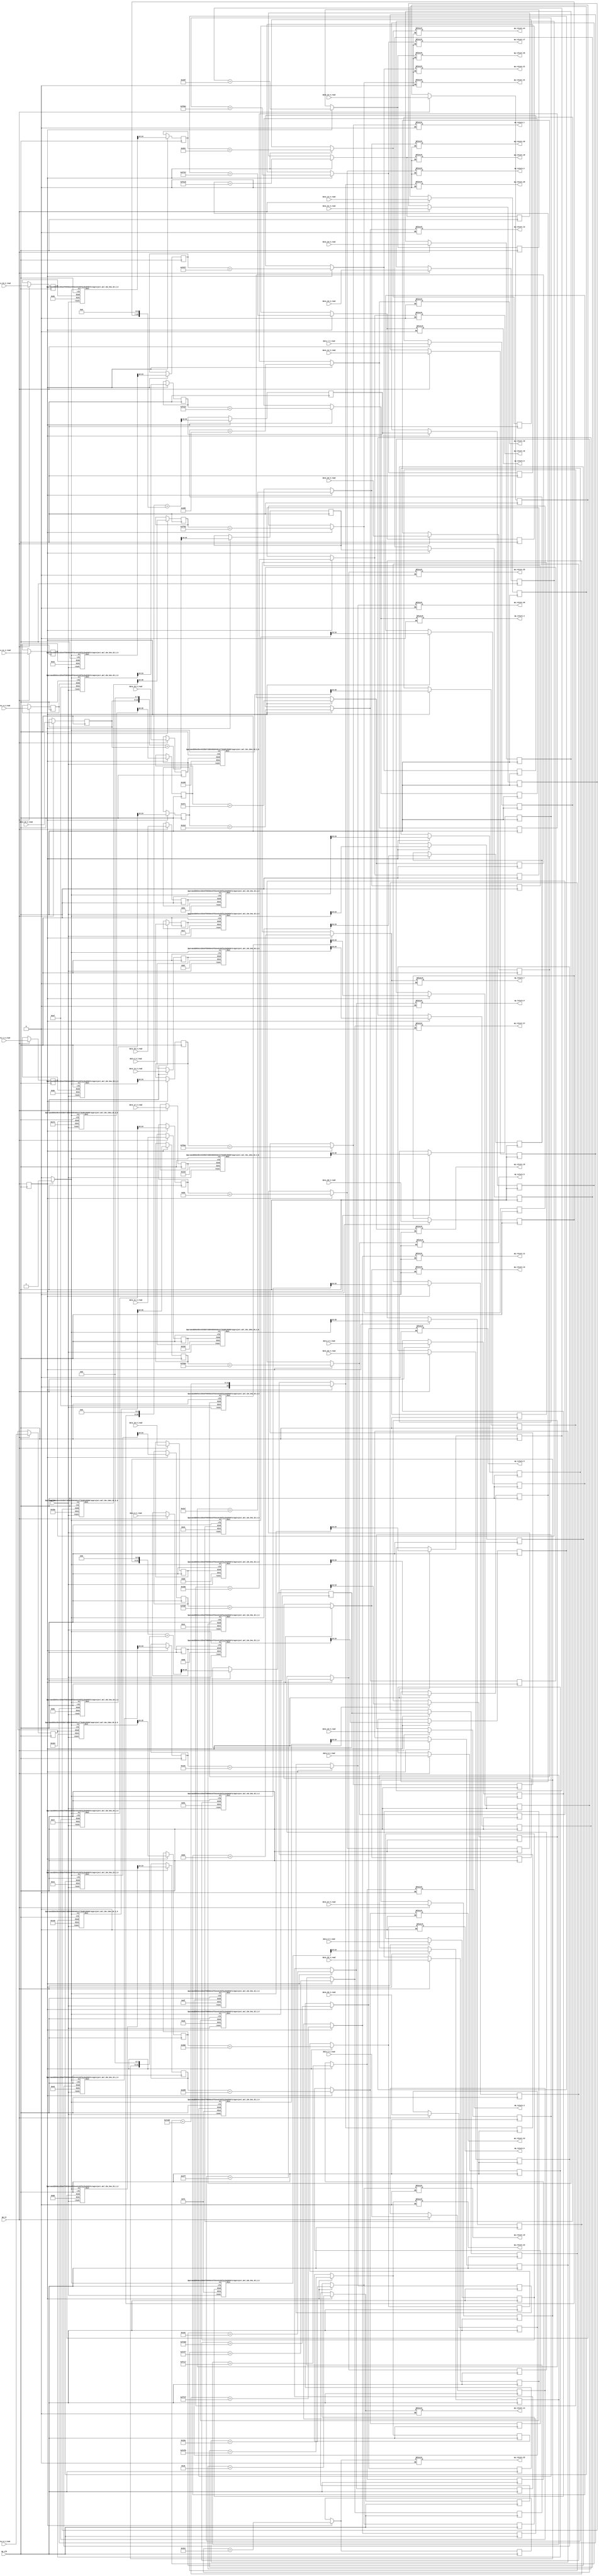

module normalize_0_0_0_0_0_0_0_0_0_0_0_0_0_0_0_0_0_0_0_0_0_0_0_0_0_s (
        ap_clk,
        ap_rst,
        data_0_V_read,
        data_1_V_read,
        data_2_V_read,
        data_3_V_read,
        data_4_V_read,
        data_5_V_read,
        data_6_V_read,
        data_7_V_read,
        data_8_V_read,
        data_9_V_read,
        data_10_V_read,
        data_11_V_read,
        data_12_V_read,
        data_13_V_read,
        data_14_V_read,
        data_15_V_read,
        data_16_V_read,
        data_17_V_read,
        data_18_V_read,
        data_19_V_read,
        data_20_V_read,
        data_21_V_read,
        data_22_V_read,
        data_23_V_read,
        data_24_V_read,
        data_25_V_read,
        data_26_V_read,
        data_27_V_read,
        data_28_V_read,
        data_29_V_read,
        data_30_V_read,
        data_31_V_read,
        ap_return_0,
        ap_return_1,
        ap_return_2,
        ap_return_3,
        ap_return_4,
        ap_return_5,
        ap_return_6,
        ap_return_7,
        ap_return_8,
        ap_return_9,
        ap_return_10,
        ap_return_11,
        ap_return_12,
        ap_return_13,
        ap_return_14,
        ap_return_15,
        ap_return_16,
        ap_return_17,
        ap_return_18,
        ap_return_19,
        ap_return_20,
        ap_return_21,
        ap_return_22,
        ap_return_23,
        ap_return_24,
        ap_return_25,
        ap_return_26,
        ap_return_27,
        ap_return_28,
        ap_return_29,
        ap_return_30,
        ap_return_31,
        ap_ce
);


input   ap_clk;
input   ap_rst;
input  [15:0] data_0_V_read;
input  [15:0] data_1_V_read;
input  [15:0] data_2_V_read;
input  [15:0] data_3_V_read;
input  [15:0] data_4_V_read;
input  [15:0] data_5_V_read;
input  [15:0] data_6_V_read;
input  [15:0] data_7_V_read;
input  [15:0] data_8_V_read;
input  [15:0] data_9_V_read;
input  [15:0] data_10_V_read;
input  [15:0] data_11_V_read;
input  [15:0] data_12_V_read;
input  [15:0] data_13_V_read;
input  [15:0] data_14_V_read;
input  [15:0] data_15_V_read;
input  [15:0] data_16_V_read;
input  [15:0] data_17_V_read;
input  [15:0] data_18_V_read;
input  [15:0] data_19_V_read;
input  [15:0] data_20_V_read;
input  [15:0] data_21_V_read;
input  [15:0] data_22_V_read;
input  [15:0] data_23_V_read;
input  [15:0] data_24_V_read;
input  [15:0] data_25_V_read;
input  [15:0] data_26_V_read;
input  [15:0] data_27_V_read;
input  [15:0] data_28_V_read;
input  [15:0] data_29_V_read;
input  [15:0] data_30_V_read;
input  [15:0] data_31_V_read;
output  [15:0] ap_return_0;
output  [15:0] ap_return_1;
output  [15:0] ap_return_2;
output  [15:0] ap_return_3;
output  [15:0] ap_return_4;
output  [15:0] ap_return_5;
output  [15:0] ap_return_6;
output  [15:0] ap_return_7;
output  [15:0] ap_return_8;
output  [15:0] ap_return_9;
output  [15:0] ap_return_10;
output  [15:0] ap_return_11;
output  [15:0] ap_return_12;
output  [15:0] ap_return_13;
output  [15:0] ap_return_14;
output  [15:0] ap_return_15;
output  [15:0] ap_return_16;
output  [15:0] ap_return_17;
output  [15:0] ap_return_18;
output  [15:0] ap_return_19;
output  [15:0] ap_return_20;
output  [15:0] ap_return_21;
output  [15:0] ap_return_22;
output  [15:0] ap_return_23;
output  [15:0] ap_return_24;
output  [15:0] ap_return_25;
output  [15:0] ap_return_26;
output  [15:0] ap_return_27;
output  [15:0] ap_return_28;
output  [15:0] ap_return_29;
output  [15:0] ap_return_30;
output  [15:0] ap_return_31;
input   ap_ce;

reg[15:0] ap_return_0;
reg[15:0] ap_return_1;
reg[15:0] ap_return_2;
reg[15:0] ap_return_3;
reg[15:0] ap_return_4;
reg[15:0] ap_return_5;
reg[15:0] ap_return_6;
reg[15:0] ap_return_7;
reg[15:0] ap_return_8;
reg[15:0] ap_return_9;
reg[15:0] ap_return_10;
reg[15:0] ap_return_11;
reg[15:0] ap_return_12;
reg[15:0] ap_return_13;
reg[15:0] ap_return_14;
reg[15:0] ap_return_15;
reg[15:0] ap_return_16;
reg[15:0] ap_return_17;
reg[15:0] ap_return_18;
reg[15:0] ap_return_19;
reg[15:0] ap_return_20;
reg[15:0] ap_return_21;
reg[15:0] ap_return_22;
reg[15:0] ap_return_23;
reg[15:0] ap_return_24;
reg[15:0] ap_return_25;
reg[15:0] ap_return_26;
reg[15:0] ap_return_27;
reg[15:0] ap_return_28;
reg[15:0] ap_return_29;
reg[15:0] ap_return_30;
reg[15:0] ap_return_31;

wire    ap_block_state1_pp0_stage0_iter0;
wire    ap_block_state2_pp0_stage0_iter1;
wire    ap_block_state3_pp0_stage0_iter2;
wire    ap_block_pp0_stage0_11001;
reg   [14:0] trunc_ln708_22_reg_5489;
reg   [14:0] trunc_ln708_22_reg_5489_pp0_iter1_reg;
reg   [14:0] trunc_ln708_27_reg_5514;
reg   [14:0] trunc_ln708_27_reg_5514_pp0_iter1_reg;
reg   [13:0] tmp_386_reg_5519;
reg   [13:0] tmp_386_reg_5519_pp0_iter1_reg;
reg   [14:0] trunc_ln_reg_5539;
reg   [14:0] trunc_ln708_1_reg_5544;
reg   [14:0] trunc_ln708_2_reg_5549;
reg   [14:0] trunc_ln708_3_reg_5554;
reg   [14:0] trunc_ln708_4_reg_5559;
reg   [14:0] trunc_ln708_5_reg_5564;
reg   [15:0] trunc_ln708_6_reg_5569;
reg   [14:0] trunc_ln708_7_reg_5574;
reg   [14:0] trunc_ln708_8_reg_5579;
reg   [15:0] trunc_ln708_9_reg_5584;
reg   [14:0] trunc_ln708_10_reg_5589;
reg   [15:0] trunc_ln708_11_reg_5594;
reg   [14:0] trunc_ln708_12_reg_5599;
reg   [14:0] trunc_ln708_13_reg_5604;
reg   [14:0] trunc_ln708_14_reg_5609;
reg   [14:0] trunc_ln708_15_reg_5614;
reg   [15:0] trunc_ln708_16_reg_5619;
reg   [15:0] trunc_ln708_17_reg_5624;
reg   [14:0] trunc_ln708_18_reg_5629;
reg   [15:0] trunc_ln708_19_reg_5634;
reg   [14:0] trunc_ln708_20_reg_5639;
reg   [14:0] trunc_ln708_21_reg_5644;
reg   [14:0] trunc_ln708_23_reg_5649;
reg   [14:0] trunc_ln708_24_reg_5654;
reg   [14:0] trunc_ln708_25_reg_5659;
reg   [14:0] trunc_ln708_26_reg_5664;
reg   [14:0] trunc_ln708_29_reg_5669;
reg   [14:0] trunc_ln708_30_reg_5674;
reg   [15:0] trunc_ln708_31_reg_5679;
wire   [8:0] grp_fu_428_p1;
wire    ap_block_pp0_stage0;
wire   [8:0] grp_fu_430_p1;
wire   [8:0] grp_fu_431_p1;
wire   [8:0] grp_fu_432_p1;
wire   [8:0] grp_fu_433_p1;
wire   [8:0] grp_fu_435_p1;
wire   [8:0] grp_fu_436_p1;
wire   [9:0] grp_fu_437_p1;
wire   [9:0] grp_fu_438_p1;
wire   [9:0] grp_fu_439_p1;
wire   [9:0] grp_fu_440_p1;
wire   [8:0] grp_fu_441_p1;
wire   [8:0] grp_fu_442_p1;
wire   [8:0] grp_fu_443_p1;
wire   [8:0] grp_fu_444_p1;
wire   [9:0] grp_fu_445_p1;
wire   [8:0] grp_fu_446_p1;
wire   [8:0] grp_fu_447_p1;
wire   [8:0] grp_fu_448_p1;
wire   [8:0] grp_fu_449_p1;
wire   [8:0] grp_fu_451_p1;
wire   [8:0] grp_fu_452_p1;
wire   [9:0] grp_fu_453_p1;
wire   [8:0] grp_fu_454_p1;
wire   [9:0] grp_fu_455_p1;
wire   [8:0] grp_fu_456_p1;
wire   [8:0] grp_fu_457_p1;
wire   [8:0] grp_fu_458_p1;
wire   [8:0] grp_fu_459_p1;
wire   [15:0] sext_ln1118_22_fu_4486_p0;
wire   [15:0] shl_ln_fu_4490_p1;
wire   [23:0] shl_ln_fu_4490_p3;
wire   [24:0] sext_ln1118_23_fu_4498_p1;
wire   [24:0] sext_ln1118_22_fu_4486_p1;
wire   [24:0] add_ln1118_fu_4502_p2;
wire   [23:0] shl_ln1118_1_fu_4538_p3;
wire   [21:0] shl_ln1118_2_fu_4550_p3;
wire   [24:0] sext_ln1118_29_fu_4558_p1;
wire   [24:0] sext_ln1118_28_fu_4546_p1;
wire   [24:0] add_ln1118_1_fu_4562_p2;
wire   [22:0] shl_ln1118_3_fu_4578_p3;
wire   [20:0] shl_ln1118_4_fu_4590_p3;
wire   [23:0] sext_ln1118_31_fu_4598_p1;
wire   [23:0] sext_ln1118_30_fu_4586_p1;
wire   [23:0] add_ln1118_2_fu_4602_p2;
wire   [24:0] grp_fu_435_p2;
wire   [24:0] grp_fu_442_p2;
wire   [24:0] grp_fu_446_p2;
wire   [24:0] grp_fu_458_p2;
wire   [24:0] grp_fu_444_p2;
wire   [24:0] grp_fu_454_p2;
wire   [25:0] grp_fu_437_p2;
wire   [24:0] grp_fu_452_p2;
wire   [24:0] grp_fu_436_p2;
wire   [25:0] grp_fu_445_p2;
wire   [24:0] grp_fu_448_p2;
wire   [25:0] grp_fu_438_p2;
wire   [24:0] grp_fu_443_p2;
wire   [24:0] grp_fu_431_p2;
wire   [24:0] grp_fu_428_p2;
wire   [24:0] grp_fu_456_p2;
wire   [25:0] grp_fu_455_p2;
wire   [25:0] grp_fu_439_p2;
wire   [24:0] grp_fu_433_p2;
wire   [25:0] grp_fu_453_p2;
wire   [24:0] grp_fu_451_p2;
wire   [24:0] grp_fu_430_p2;
wire   [24:0] grp_fu_447_p2;
wire   [24:0] grp_fu_449_p2;
wire   [24:0] grp_fu_441_p2;
wire   [24:0] grp_fu_459_p2;
wire   [24:0] grp_fu_457_p2;
wire   [24:0] grp_fu_432_p2;
wire   [25:0] grp_fu_440_p2;
wire   [15:0] sext_ln708_fu_4923_p1;
wire   [15:0] sext_ln708_1_fu_4932_p1;
wire   [15:0] sext_ln708_2_fu_4941_p1;
wire   [15:0] sext_ln708_3_fu_4950_p1;
wire   [15:0] sext_ln708_4_fu_4959_p1;
wire   [15:0] sext_ln708_5_fu_4968_p1;
wire   [15:0] sext_ln708_6_fu_4982_p1;
wire   [15:0] sext_ln708_7_fu_4991_p1;
wire   [15:0] sext_ln708_8_fu_5005_p1;
wire   [15:0] sext_ln708_9_fu_5019_p1;
wire   [15:0] sext_ln708_10_fu_5028_p1;
wire   [15:0] sext_ln708_11_fu_5037_p1;
wire   [15:0] sext_ln708_12_fu_5046_p1;
wire   [15:0] sext_ln708_13_fu_5065_p1;
wire   [15:0] sext_ln708_14_fu_5079_p1;
wire   [15:0] sext_ln708_15_fu_5088_p1;
wire   [15:0] sext_ln708_16_fu_5097_p1;
wire   [15:0] sext_ln708_17_fu_5106_p1;
wire   [15:0] sext_ln708_18_fu_5115_p1;
wire   [15:0] sext_ln708_19_fu_5124_p1;
wire   [15:0] sext_ln708_20_fu_5133_p1;
wire   [15:0] sext_ln708_21_fu_5142_p1;
wire   [14:0] sext_ln703_fu_5151_p1;
wire   [14:0] add_ln703_126_fu_5154_p2;
wire   [15:0] sext_ln708_22_fu_5164_p1;
wire   [15:0] sext_ln708_23_fu_5173_p1;
wire   [15:0] add_ln703_fu_4926_p2;
wire   [15:0] add_ln703_99_fu_4935_p2;
wire   [15:0] add_ln703_100_fu_4944_p2;
wire   [15:0] add_ln703_101_fu_4953_p2;
wire   [15:0] add_ln703_102_fu_4962_p2;
wire   [15:0] add_ln703_103_fu_4971_p2;
wire   [15:0] add_ln703_104_fu_4977_p2;
wire   [15:0] add_ln703_105_fu_4985_p2;
wire   [15:0] add_ln703_106_fu_4994_p2;
wire   [15:0] add_ln703_107_fu_5000_p2;
wire   [15:0] add_ln703_108_fu_5008_p2;
wire   [15:0] add_ln703_109_fu_5014_p2;
wire   [15:0] add_ln703_110_fu_5022_p2;
wire   [15:0] add_ln703_111_fu_5031_p2;
wire   [15:0] add_ln703_112_fu_5040_p2;
wire   [15:0] add_ln703_113_fu_5049_p2;
wire   [15:0] add_ln703_114_fu_5055_p2;
wire   [15:0] add_ln703_115_fu_5060_p2;
wire   [15:0] add_ln703_116_fu_5068_p2;
wire   [15:0] add_ln703_117_fu_5074_p2;
wire   [15:0] add_ln703_118_fu_5082_p2;
wire   [15:0] add_ln703_119_fu_5091_p2;
wire   [15:0] add_ln703_120_fu_5100_p2;
wire   [15:0] add_ln703_121_fu_5109_p2;
wire   [15:0] add_ln703_122_fu_5118_p2;
wire   [15:0] add_ln703_123_fu_5127_p2;
wire   [15:0] add_ln703_124_fu_5136_p2;
wire   [15:0] add_ln703_125_fu_5145_p2;
wire   [15:0] sext_ln703_3_fu_5160_p1;
wire   [15:0] add_ln703_127_fu_5167_p2;
wire   [15:0] add_ln703_128_fu_5176_p2;
wire   [15:0] add_ln703_129_fu_5182_p2;
reg    grp_fu_428_ce;
reg    grp_fu_430_ce;
reg    grp_fu_431_ce;
reg    grp_fu_432_ce;
reg    grp_fu_433_ce;
reg    grp_fu_435_ce;
reg    grp_fu_436_ce;
reg    grp_fu_437_ce;
reg    grp_fu_438_ce;
reg    grp_fu_439_ce;
reg    grp_fu_440_ce;
reg    grp_fu_441_ce;
reg    grp_fu_442_ce;
reg    grp_fu_443_ce;
reg    grp_fu_444_ce;
reg    grp_fu_445_ce;
reg    grp_fu_446_ce;
reg    grp_fu_447_ce;
reg    grp_fu_448_ce;
reg    grp_fu_449_ce;
reg    grp_fu_451_ce;
reg    grp_fu_452_ce;
reg    grp_fu_453_ce;
reg    grp_fu_454_ce;
reg    grp_fu_455_ce;
reg    grp_fu_456_ce;
reg    grp_fu_457_ce;
reg    grp_fu_458_ce;
reg    grp_fu_459_ce;
reg    ap_ce_reg;
reg   [15:0] data_0_V_read_int_reg;
reg   [15:0] data_1_V_read_int_reg;
reg   [15:0] data_2_V_read_int_reg;
reg   [15:0] data_3_V_read_int_reg;
reg   [15:0] data_4_V_read_int_reg;
reg   [15:0] data_5_V_read_int_reg;
reg   [15:0] data_6_V_read_int_reg;
reg   [15:0] data_7_V_read_int_reg;
reg   [15:0] data_8_V_read_int_reg;
reg   [15:0] data_9_V_read_int_reg;
reg   [15:0] data_10_V_read_int_reg;
reg   [15:0] data_11_V_read_int_reg;
reg   [15:0] data_12_V_read_int_reg;
reg   [15:0] data_13_V_read_int_reg;
reg   [15:0] data_14_V_read_int_reg;
reg   [15:0] data_15_V_read_int_reg;
reg   [15:0] data_16_V_read_int_reg;
reg   [15:0] data_17_V_read_int_reg;
reg   [15:0] data_18_V_read_int_reg;
reg   [15:0] data_19_V_read_int_reg;
reg   [15:0] data_20_V_read_int_reg;
reg   [15:0] data_21_V_read_int_reg;
reg   [15:0] data_22_V_read_int_reg;
reg   [15:0] data_23_V_read_int_reg;
reg   [15:0] data_24_V_read_int_reg;
reg   [15:0] data_25_V_read_int_reg;
reg   [15:0] data_26_V_read_int_reg;
reg   [15:0] data_27_V_read_int_reg;
reg   [15:0] data_28_V_read_int_reg;
reg   [15:0] data_29_V_read_int_reg;
reg   [15:0] data_30_V_read_int_reg;
reg   [15:0] data_31_V_read_int_reg;
reg   [15:0] ap_return_0_int_reg;
reg   [15:0] ap_return_1_int_reg;
reg   [15:0] ap_return_2_int_reg;
reg   [15:0] ap_return_3_int_reg;
reg   [15:0] ap_return_4_int_reg;
reg   [15:0] ap_return_5_int_reg;
reg   [15:0] ap_return_6_int_reg;
reg   [15:0] ap_return_7_int_reg;
reg   [15:0] ap_return_8_int_reg;
reg   [15:0] ap_return_9_int_reg;
reg   [15:0] ap_return_10_int_reg;
reg   [15:0] ap_return_11_int_reg;
reg   [15:0] ap_return_12_int_reg;
reg   [15:0] ap_return_13_int_reg;
reg   [15:0] ap_return_14_int_reg;
reg   [15:0] ap_return_15_int_reg;
reg   [15:0] ap_return_16_int_reg;
reg   [15:0] ap_return_17_int_reg;
reg   [15:0] ap_return_18_int_reg;
reg   [15:0] ap_return_19_int_reg;
reg   [15:0] ap_return_20_int_reg;
reg   [15:0] ap_return_21_int_reg;
reg   [15:0] ap_return_22_int_reg;
reg   [15:0] ap_return_23_int_reg;
reg   [15:0] ap_return_24_int_reg;
reg   [15:0] ap_return_25_int_reg;
reg   [15:0] ap_return_26_int_reg;
reg   [15:0] ap_return_27_int_reg;
reg   [15:0] ap_return_28_int_reg;
reg   [15:0] ap_return_29_int_reg;
reg   [15:0] ap_return_30_int_reg;
reg   [15:0] ap_return_31_int_reg;

myproject_mul_16s_9ns_25_2_0 #(
    .ID( 1 ),
    .NUM_STAGE( 2 ),
    .din0_WIDTH( 16 ),
    .din1_WIDTH( 9 ),
    .dout_WIDTH( 25 ))
myproject_mul_16s_9ns_25_2_0_U258(
    .clk(ap_clk),
    .reset(ap_rst),
    .din0(data_14_V_read_int_reg),
    .din1(grp_fu_428_p1),
    .ce(grp_fu_428_ce),
    .dout(grp_fu_428_p2)
);

myproject_mul_16s_9ns_25_2_0 #(
    .ID( 1 ),
    .NUM_STAGE( 2 ),
    .din0_WIDTH( 16 ),
    .din1_WIDTH( 9 ),
    .dout_WIDTH( 25 ))
myproject_mul_16s_9ns_25_2_0_U259(
    .clk(ap_clk),
    .reset(ap_rst),
    .din0(data_21_V_read_int_reg),
    .din1(grp_fu_430_p1),
    .ce(grp_fu_430_ce),
    .dout(grp_fu_430_p2)
);

myproject_mul_16s_9ns_25_2_0 #(
    .ID( 1 ),
    .NUM_STAGE( 2 ),
    .din0_WIDTH( 16 ),
    .din1_WIDTH( 9 ),
    .dout_WIDTH( 25 ))
myproject_mul_16s_9ns_25_2_0_U260(
    .clk(ap_clk),
    .reset(ap_rst),
    .din0(data_13_V_read_int_reg),
    .din1(grp_fu_431_p1),
    .ce(grp_fu_431_ce),
    .dout(grp_fu_431_p2)
);

myproject_mul_16s_9ns_25_2_0 #(
    .ID( 1 ),
    .NUM_STAGE( 2 ),
    .din0_WIDTH( 16 ),
    .din1_WIDTH( 9 ),
    .dout_WIDTH( 25 ))
myproject_mul_16s_9ns_25_2_0_U261(
    .clk(ap_clk),
    .reset(ap_rst),
    .din0(data_30_V_read_int_reg),
    .din1(grp_fu_432_p1),
    .ce(grp_fu_432_ce),
    .dout(grp_fu_432_p2)
);

myproject_mul_16s_9ns_25_2_0 #(
    .ID( 1 ),
    .NUM_STAGE( 2 ),
    .din0_WIDTH( 16 ),
    .din1_WIDTH( 9 ),
    .dout_WIDTH( 25 ))
myproject_mul_16s_9ns_25_2_0_U262(
    .clk(ap_clk),
    .reset(ap_rst),
    .din0(data_18_V_read_int_reg),
    .din1(grp_fu_433_p1),
    .ce(grp_fu_433_ce),
    .dout(grp_fu_433_p2)
);

myproject_mul_16s_9ns_25_2_0 #(
    .ID( 1 ),
    .NUM_STAGE( 2 ),
    .din0_WIDTH( 16 ),
    .din1_WIDTH( 9 ),
    .dout_WIDTH( 25 ))
myproject_mul_16s_9ns_25_2_0_U263(
    .clk(ap_clk),
    .reset(ap_rst),
    .din0(data_0_V_read_int_reg),
    .din1(grp_fu_435_p1),
    .ce(grp_fu_435_ce),
    .dout(grp_fu_435_p2)
);

myproject_mul_16s_9ns_25_2_0 #(
    .ID( 1 ),
    .NUM_STAGE( 2 ),
    .din0_WIDTH( 16 ),
    .din1_WIDTH( 9 ),
    .dout_WIDTH( 25 ))
myproject_mul_16s_9ns_25_2_0_U264(
    .clk(ap_clk),
    .reset(ap_rst),
    .din0(data_8_V_read_int_reg),
    .din1(grp_fu_436_p1),
    .ce(grp_fu_436_ce),
    .dout(grp_fu_436_p2)
);

myproject_mul_16s_10ns_26_2_0 #(
    .ID( 1 ),
    .NUM_STAGE( 2 ),
    .din0_WIDTH( 16 ),
    .din1_WIDTH( 10 ),
    .dout_WIDTH( 26 ))
myproject_mul_16s_10ns_26_2_0_U265(
    .clk(ap_clk),
    .reset(ap_rst),
    .din0(data_6_V_read_int_reg),
    .din1(grp_fu_437_p1),
    .ce(grp_fu_437_ce),
    .dout(grp_fu_437_p2)
);

myproject_mul_16s_10ns_26_2_0 #(
    .ID( 1 ),
    .NUM_STAGE( 2 ),
    .din0_WIDTH( 16 ),
    .din1_WIDTH( 10 ),
    .dout_WIDTH( 26 ))
myproject_mul_16s_10ns_26_2_0_U266(
    .clk(ap_clk),
    .reset(ap_rst),
    .din0(data_11_V_read_int_reg),
    .din1(grp_fu_438_p1),
    .ce(grp_fu_438_ce),
    .dout(grp_fu_438_p2)
);

myproject_mul_16s_10ns_26_2_0 #(
    .ID( 1 ),
    .NUM_STAGE( 2 ),
    .din0_WIDTH( 16 ),
    .din1_WIDTH( 10 ),
    .dout_WIDTH( 26 ))
myproject_mul_16s_10ns_26_2_0_U267(
    .clk(ap_clk),
    .reset(ap_rst),
    .din0(data_17_V_read_int_reg),
    .din1(grp_fu_439_p1),
    .ce(grp_fu_439_ce),
    .dout(grp_fu_439_p2)
);

myproject_mul_16s_10ns_26_2_0 #(
    .ID( 1 ),
    .NUM_STAGE( 2 ),
    .din0_WIDTH( 16 ),
    .din1_WIDTH( 10 ),
    .dout_WIDTH( 26 ))
myproject_mul_16s_10ns_26_2_0_U268(
    .clk(ap_clk),
    .reset(ap_rst),
    .din0(data_31_V_read_int_reg),
    .din1(grp_fu_440_p1),
    .ce(grp_fu_440_ce),
    .dout(grp_fu_440_p2)
);

myproject_mul_16s_9ns_25_2_0 #(
    .ID( 1 ),
    .NUM_STAGE( 2 ),
    .din0_WIDTH( 16 ),
    .din1_WIDTH( 9 ),
    .dout_WIDTH( 25 ))
myproject_mul_16s_9ns_25_2_0_U269(
    .clk(ap_clk),
    .reset(ap_rst),
    .din0(data_25_V_read_int_reg),
    .din1(grp_fu_441_p1),
    .ce(grp_fu_441_ce),
    .dout(grp_fu_441_p2)
);

myproject_mul_16s_9ns_25_2_0 #(
    .ID( 1 ),
    .NUM_STAGE( 2 ),
    .din0_WIDTH( 16 ),
    .din1_WIDTH( 9 ),
    .dout_WIDTH( 25 ))
myproject_mul_16s_9ns_25_2_0_U270(
    .clk(ap_clk),
    .reset(ap_rst),
    .din0(data_1_V_read_int_reg),
    .din1(grp_fu_442_p1),
    .ce(grp_fu_442_ce),
    .dout(grp_fu_442_p2)
);

myproject_mul_16s_9ns_25_2_0 #(
    .ID( 1 ),
    .NUM_STAGE( 2 ),
    .din0_WIDTH( 16 ),
    .din1_WIDTH( 9 ),
    .dout_WIDTH( 25 ))
myproject_mul_16s_9ns_25_2_0_U271(
    .clk(ap_clk),
    .reset(ap_rst),
    .din0(data_12_V_read_int_reg),
    .din1(grp_fu_443_p1),
    .ce(grp_fu_443_ce),
    .dout(grp_fu_443_p2)
);

myproject_mul_16s_9ns_25_2_0 #(
    .ID( 1 ),
    .NUM_STAGE( 2 ),
    .din0_WIDTH( 16 ),
    .din1_WIDTH( 9 ),
    .dout_WIDTH( 25 ))
myproject_mul_16s_9ns_25_2_0_U272(
    .clk(ap_clk),
    .reset(ap_rst),
    .din0(data_4_V_read_int_reg),
    .din1(grp_fu_444_p1),
    .ce(grp_fu_444_ce),
    .dout(grp_fu_444_p2)
);

myproject_mul_16s_10ns_26_2_0 #(
    .ID( 1 ),
    .NUM_STAGE( 2 ),
    .din0_WIDTH( 16 ),
    .din1_WIDTH( 10 ),
    .dout_WIDTH( 26 ))
myproject_mul_16s_10ns_26_2_0_U273(
    .clk(ap_clk),
    .reset(ap_rst),
    .din0(data_9_V_read_int_reg),
    .din1(grp_fu_445_p1),
    .ce(grp_fu_445_ce),
    .dout(grp_fu_445_p2)
);

myproject_mul_16s_9ns_25_2_0 #(
    .ID( 1 ),
    .NUM_STAGE( 2 ),
    .din0_WIDTH( 16 ),
    .din1_WIDTH( 9 ),
    .dout_WIDTH( 25 ))
myproject_mul_16s_9ns_25_2_0_U274(
    .clk(ap_clk),
    .reset(ap_rst),
    .din0(data_2_V_read_int_reg),
    .din1(grp_fu_446_p1),
    .ce(grp_fu_446_ce),
    .dout(grp_fu_446_p2)
);

myproject_mul_16s_9ns_25_2_0 #(
    .ID( 1 ),
    .NUM_STAGE( 2 ),
    .din0_WIDTH( 16 ),
    .din1_WIDTH( 9 ),
    .dout_WIDTH( 25 ))
myproject_mul_16s_9ns_25_2_0_U275(
    .clk(ap_clk),
    .reset(ap_rst),
    .din0(data_23_V_read_int_reg),
    .din1(grp_fu_447_p1),
    .ce(grp_fu_447_ce),
    .dout(grp_fu_447_p2)
);

myproject_mul_16s_9ns_25_2_0 #(
    .ID( 1 ),
    .NUM_STAGE( 2 ),
    .din0_WIDTH( 16 ),
    .din1_WIDTH( 9 ),
    .dout_WIDTH( 25 ))
myproject_mul_16s_9ns_25_2_0_U276(
    .clk(ap_clk),
    .reset(ap_rst),
    .din0(data_10_V_read_int_reg),
    .din1(grp_fu_448_p1),
    .ce(grp_fu_448_ce),
    .dout(grp_fu_448_p2)
);

myproject_mul_16s_9ns_25_2_0 #(
    .ID( 1 ),
    .NUM_STAGE( 2 ),
    .din0_WIDTH( 16 ),
    .din1_WIDTH( 9 ),
    .dout_WIDTH( 25 ))
myproject_mul_16s_9ns_25_2_0_U277(
    .clk(ap_clk),
    .reset(ap_rst),
    .din0(data_24_V_read_int_reg),
    .din1(grp_fu_449_p1),
    .ce(grp_fu_449_ce),
    .dout(grp_fu_449_p2)
);

myproject_mul_16s_9ns_25_2_0 #(
    .ID( 1 ),
    .NUM_STAGE( 2 ),
    .din0_WIDTH( 16 ),
    .din1_WIDTH( 9 ),
    .dout_WIDTH( 25 ))
myproject_mul_16s_9ns_25_2_0_U278(
    .clk(ap_clk),
    .reset(ap_rst),
    .din0(data_20_V_read_int_reg),
    .din1(grp_fu_451_p1),
    .ce(grp_fu_451_ce),
    .dout(grp_fu_451_p2)
);

myproject_mul_16s_9ns_25_2_0 #(
    .ID( 1 ),
    .NUM_STAGE( 2 ),
    .din0_WIDTH( 16 ),
    .din1_WIDTH( 9 ),
    .dout_WIDTH( 25 ))
myproject_mul_16s_9ns_25_2_0_U279(
    .clk(ap_clk),
    .reset(ap_rst),
    .din0(data_7_V_read_int_reg),
    .din1(grp_fu_452_p1),
    .ce(grp_fu_452_ce),
    .dout(grp_fu_452_p2)
);

myproject_mul_16s_10ns_26_2_0 #(
    .ID( 1 ),
    .NUM_STAGE( 2 ),
    .din0_WIDTH( 16 ),
    .din1_WIDTH( 10 ),
    .dout_WIDTH( 26 ))
myproject_mul_16s_10ns_26_2_0_U280(
    .clk(ap_clk),
    .reset(ap_rst),
    .din0(data_19_V_read_int_reg),
    .din1(grp_fu_453_p1),
    .ce(grp_fu_453_ce),
    .dout(grp_fu_453_p2)
);

myproject_mul_16s_9ns_25_2_0 #(
    .ID( 1 ),
    .NUM_STAGE( 2 ),
    .din0_WIDTH( 16 ),
    .din1_WIDTH( 9 ),
    .dout_WIDTH( 25 ))
myproject_mul_16s_9ns_25_2_0_U281(
    .clk(ap_clk),
    .reset(ap_rst),
    .din0(data_5_V_read_int_reg),
    .din1(grp_fu_454_p1),
    .ce(grp_fu_454_ce),
    .dout(grp_fu_454_p2)
);

myproject_mul_16s_10ns_26_2_0 #(
    .ID( 1 ),
    .NUM_STAGE( 2 ),
    .din0_WIDTH( 16 ),
    .din1_WIDTH( 10 ),
    .dout_WIDTH( 26 ))
myproject_mul_16s_10ns_26_2_0_U282(
    .clk(ap_clk),
    .reset(ap_rst),
    .din0(data_16_V_read_int_reg),
    .din1(grp_fu_455_p1),
    .ce(grp_fu_455_ce),
    .dout(grp_fu_455_p2)
);

myproject_mul_16s_9ns_25_2_0 #(
    .ID( 1 ),
    .NUM_STAGE( 2 ),
    .din0_WIDTH( 16 ),
    .din1_WIDTH( 9 ),
    .dout_WIDTH( 25 ))
myproject_mul_16s_9ns_25_2_0_U283(
    .clk(ap_clk),
    .reset(ap_rst),
    .din0(data_15_V_read_int_reg),
    .din1(grp_fu_456_p1),
    .ce(grp_fu_456_ce),
    .dout(grp_fu_456_p2)
);

myproject_mul_16s_9ns_25_2_0 #(
    .ID( 1 ),
    .NUM_STAGE( 2 ),
    .din0_WIDTH( 16 ),
    .din1_WIDTH( 9 ),
    .dout_WIDTH( 25 ))
myproject_mul_16s_9ns_25_2_0_U284(
    .clk(ap_clk),
    .reset(ap_rst),
    .din0(data_29_V_read_int_reg),
    .din1(grp_fu_457_p1),
    .ce(grp_fu_457_ce),
    .dout(grp_fu_457_p2)
);

myproject_mul_16s_9ns_25_2_0 #(
    .ID( 1 ),
    .NUM_STAGE( 2 ),
    .din0_WIDTH( 16 ),
    .din1_WIDTH( 9 ),
    .dout_WIDTH( 25 ))
myproject_mul_16s_9ns_25_2_0_U285(
    .clk(ap_clk),
    .reset(ap_rst),
    .din0(data_3_V_read_int_reg),
    .din1(grp_fu_458_p1),
    .ce(grp_fu_458_ce),
    .dout(grp_fu_458_p2)
);

myproject_mul_16s_9ns_25_2_0 #(
    .ID( 1 ),
    .NUM_STAGE( 2 ),
    .din0_WIDTH( 16 ),
    .din1_WIDTH( 9 ),
    .dout_WIDTH( 25 ))
myproject_mul_16s_9ns_25_2_0_U286(
    .clk(ap_clk),
    .reset(ap_rst),
    .din0(data_26_V_read_int_reg),
    .din1(grp_fu_459_p1),
    .ce(grp_fu_459_ce),
    .dout(grp_fu_459_p2)
);

always @ (posedge ap_clk) begin
    ap_ce_reg <= ap_ce;
end

always @ (posedge ap_clk) begin
    if ((1'b1 == ap_ce_reg)) begin
        ap_return_0_int_reg <= add_ln703_fu_4926_p2;
        ap_return_10_int_reg <= add_ln703_108_fu_5008_p2;
        ap_return_11_int_reg <= add_ln703_109_fu_5014_p2;
        ap_return_12_int_reg <= add_ln703_110_fu_5022_p2;
        ap_return_13_int_reg <= add_ln703_111_fu_5031_p2;
        ap_return_14_int_reg <= add_ln703_112_fu_5040_p2;
        ap_return_15_int_reg <= add_ln703_113_fu_5049_p2;
        ap_return_16_int_reg <= add_ln703_114_fu_5055_p2;
        ap_return_17_int_reg <= add_ln703_115_fu_5060_p2;
        ap_return_18_int_reg <= add_ln703_116_fu_5068_p2;
        ap_return_19_int_reg <= add_ln703_117_fu_5074_p2;
        ap_return_1_int_reg <= add_ln703_99_fu_4935_p2;
        ap_return_20_int_reg <= add_ln703_118_fu_5082_p2;
        ap_return_21_int_reg <= add_ln703_119_fu_5091_p2;
        ap_return_22_int_reg <= add_ln703_120_fu_5100_p2;
        ap_return_23_int_reg <= add_ln703_121_fu_5109_p2;
        ap_return_24_int_reg <= add_ln703_122_fu_5118_p2;
        ap_return_25_int_reg <= add_ln703_123_fu_5127_p2;
        ap_return_26_int_reg <= add_ln703_124_fu_5136_p2;
        ap_return_27_int_reg <= add_ln703_125_fu_5145_p2;
        ap_return_28_int_reg <= sext_ln703_3_fu_5160_p1;
        ap_return_29_int_reg <= add_ln703_127_fu_5167_p2;
        ap_return_2_int_reg <= add_ln703_100_fu_4944_p2;
        ap_return_30_int_reg <= add_ln703_128_fu_5176_p2;
        ap_return_31_int_reg <= add_ln703_129_fu_5182_p2;
        ap_return_3_int_reg <= add_ln703_101_fu_4953_p2;
        ap_return_4_int_reg <= add_ln703_102_fu_4962_p2;
        ap_return_5_int_reg <= add_ln703_103_fu_4971_p2;
        ap_return_6_int_reg <= add_ln703_104_fu_4977_p2;
        ap_return_7_int_reg <= add_ln703_105_fu_4985_p2;
        ap_return_8_int_reg <= add_ln703_106_fu_4994_p2;
        ap_return_9_int_reg <= add_ln703_107_fu_5000_p2;
    end
end

always @ (posedge ap_clk) begin
    if ((1'b1 == ap_ce)) begin
        data_0_V_read_int_reg <= data_0_V_read;
        data_10_V_read_int_reg <= data_10_V_read;
        data_11_V_read_int_reg <= data_11_V_read;
        data_12_V_read_int_reg <= data_12_V_read;
        data_13_V_read_int_reg <= data_13_V_read;
        data_14_V_read_int_reg <= data_14_V_read;
        data_15_V_read_int_reg <= data_15_V_read;
        data_16_V_read_int_reg <= data_16_V_read;
        data_17_V_read_int_reg <= data_17_V_read;
        data_18_V_read_int_reg <= data_18_V_read;
        data_19_V_read_int_reg <= data_19_V_read;
        data_1_V_read_int_reg <= data_1_V_read;
        data_20_V_read_int_reg <= data_20_V_read;
        data_21_V_read_int_reg <= data_21_V_read;
        data_22_V_read_int_reg <= data_22_V_read;
        data_23_V_read_int_reg <= data_23_V_read;
        data_24_V_read_int_reg <= data_24_V_read;
        data_25_V_read_int_reg <= data_25_V_read;
        data_26_V_read_int_reg <= data_26_V_read;
        data_27_V_read_int_reg <= data_27_V_read;
        data_28_V_read_int_reg <= data_28_V_read;
        data_29_V_read_int_reg <= data_29_V_read;
        data_2_V_read_int_reg <= data_2_V_read;
        data_30_V_read_int_reg <= data_30_V_read;
        data_31_V_read_int_reg <= data_31_V_read;
        data_3_V_read_int_reg <= data_3_V_read;
        data_4_V_read_int_reg <= data_4_V_read;
        data_5_V_read_int_reg <= data_5_V_read;
        data_6_V_read_int_reg <= data_6_V_read;
        data_7_V_read_int_reg <= data_7_V_read;
        data_8_V_read_int_reg <= data_8_V_read;
        data_9_V_read_int_reg <= data_9_V_read;
    end
end

always @ (posedge ap_clk) begin
    if (((1'b0 == ap_block_pp0_stage0_11001) & (1'b1 == ap_ce_reg))) begin
        tmp_386_reg_5519 <= {{add_ln1118_2_fu_4602_p2[23:10]}};
        tmp_386_reg_5519_pp0_iter1_reg <= tmp_386_reg_5519;
        trunc_ln708_10_reg_5589 <= {{grp_fu_448_p2[24:10]}};
        trunc_ln708_11_reg_5594 <= {{grp_fu_438_p2[25:10]}};
        trunc_ln708_12_reg_5599 <= {{grp_fu_443_p2[24:10]}};
        trunc_ln708_13_reg_5604 <= {{grp_fu_431_p2[24:10]}};
        trunc_ln708_14_reg_5609 <= {{grp_fu_428_p2[24:10]}};
        trunc_ln708_15_reg_5614 <= {{grp_fu_456_p2[24:10]}};
        trunc_ln708_16_reg_5619 <= {{grp_fu_455_p2[25:10]}};
        trunc_ln708_17_reg_5624 <= {{grp_fu_439_p2[25:10]}};
        trunc_ln708_18_reg_5629 <= {{grp_fu_433_p2[24:10]}};
        trunc_ln708_19_reg_5634 <= {{grp_fu_453_p2[25:10]}};
        trunc_ln708_1_reg_5544 <= {{grp_fu_442_p2[24:10]}};
        trunc_ln708_20_reg_5639 <= {{grp_fu_451_p2[24:10]}};
        trunc_ln708_21_reg_5644 <= {{grp_fu_430_p2[24:10]}};
        trunc_ln708_22_reg_5489 <= {{add_ln1118_fu_4502_p2[24:10]}};
        trunc_ln708_22_reg_5489_pp0_iter1_reg <= trunc_ln708_22_reg_5489;
        trunc_ln708_23_reg_5649 <= {{grp_fu_447_p2[24:10]}};
        trunc_ln708_24_reg_5654 <= {{grp_fu_449_p2[24:10]}};
        trunc_ln708_25_reg_5659 <= {{grp_fu_441_p2[24:10]}};
        trunc_ln708_26_reg_5664 <= {{grp_fu_459_p2[24:10]}};
        trunc_ln708_27_reg_5514 <= {{add_ln1118_1_fu_4562_p2[24:10]}};
        trunc_ln708_27_reg_5514_pp0_iter1_reg <= trunc_ln708_27_reg_5514;
        trunc_ln708_29_reg_5669 <= {{grp_fu_457_p2[24:10]}};
        trunc_ln708_2_reg_5549 <= {{grp_fu_446_p2[24:10]}};
        trunc_ln708_30_reg_5674 <= {{grp_fu_432_p2[24:10]}};
        trunc_ln708_31_reg_5679 <= {{grp_fu_440_p2[25:10]}};
        trunc_ln708_3_reg_5554 <= {{grp_fu_458_p2[24:10]}};
        trunc_ln708_4_reg_5559 <= {{grp_fu_444_p2[24:10]}};
        trunc_ln708_5_reg_5564 <= {{grp_fu_454_p2[24:10]}};
        trunc_ln708_6_reg_5569 <= {{grp_fu_437_p2[25:10]}};
        trunc_ln708_7_reg_5574 <= {{grp_fu_452_p2[24:10]}};
        trunc_ln708_8_reg_5579 <= {{grp_fu_436_p2[24:10]}};
        trunc_ln708_9_reg_5584 <= {{grp_fu_445_p2[25:10]}};
        trunc_ln_reg_5539 <= {{grp_fu_435_p2[24:10]}};
    end
end

always @ (*) begin
    if ((1'b0 == ap_ce_reg)) begin
        ap_return_0 = ap_return_0_int_reg;
    end else if ((1'b1 == ap_ce_reg)) begin
        ap_return_0 = add_ln703_fu_4926_p2;
    end
end

always @ (*) begin
    if ((1'b0 == ap_ce_reg)) begin
        ap_return_1 = ap_return_1_int_reg;
    end else if ((1'b1 == ap_ce_reg)) begin
        ap_return_1 = add_ln703_99_fu_4935_p2;
    end
end

always @ (*) begin
    if ((1'b0 == ap_ce_reg)) begin
        ap_return_10 = ap_return_10_int_reg;
    end else if ((1'b1 == ap_ce_reg)) begin
        ap_return_10 = add_ln703_108_fu_5008_p2;
    end
end

always @ (*) begin
    if ((1'b0 == ap_ce_reg)) begin
        ap_return_11 = ap_return_11_int_reg;
    end else if ((1'b1 == ap_ce_reg)) begin
        ap_return_11 = add_ln703_109_fu_5014_p2;
    end
end

always @ (*) begin
    if ((1'b0 == ap_ce_reg)) begin
        ap_return_12 = ap_return_12_int_reg;
    end else if ((1'b1 == ap_ce_reg)) begin
        ap_return_12 = add_ln703_110_fu_5022_p2;
    end
end

always @ (*) begin
    if ((1'b0 == ap_ce_reg)) begin
        ap_return_13 = ap_return_13_int_reg;
    end else if ((1'b1 == ap_ce_reg)) begin
        ap_return_13 = add_ln703_111_fu_5031_p2;
    end
end

always @ (*) begin
    if ((1'b0 == ap_ce_reg)) begin
        ap_return_14 = ap_return_14_int_reg;
    end else if ((1'b1 == ap_ce_reg)) begin
        ap_return_14 = add_ln703_112_fu_5040_p2;
    end
end

always @ (*) begin
    if ((1'b0 == ap_ce_reg)) begin
        ap_return_15 = ap_return_15_int_reg;
    end else if ((1'b1 == ap_ce_reg)) begin
        ap_return_15 = add_ln703_113_fu_5049_p2;
    end
end

always @ (*) begin
    if ((1'b0 == ap_ce_reg)) begin
        ap_return_16 = ap_return_16_int_reg;
    end else if ((1'b1 == ap_ce_reg)) begin
        ap_return_16 = add_ln703_114_fu_5055_p2;
    end
end

always @ (*) begin
    if ((1'b0 == ap_ce_reg)) begin
        ap_return_17 = ap_return_17_int_reg;
    end else if ((1'b1 == ap_ce_reg)) begin
        ap_return_17 = add_ln703_115_fu_5060_p2;
    end
end

always @ (*) begin
    if ((1'b0 == ap_ce_reg)) begin
        ap_return_18 = ap_return_18_int_reg;
    end else if ((1'b1 == ap_ce_reg)) begin
        ap_return_18 = add_ln703_116_fu_5068_p2;
    end
end

always @ (*) begin
    if ((1'b0 == ap_ce_reg)) begin
        ap_return_19 = ap_return_19_int_reg;
    end else if ((1'b1 == ap_ce_reg)) begin
        ap_return_19 = add_ln703_117_fu_5074_p2;
    end
end

always @ (*) begin
    if ((1'b0 == ap_ce_reg)) begin
        ap_return_2 = ap_return_2_int_reg;
    end else if ((1'b1 == ap_ce_reg)) begin
        ap_return_2 = add_ln703_100_fu_4944_p2;
    end
end

always @ (*) begin
    if ((1'b0 == ap_ce_reg)) begin
        ap_return_20 = ap_return_20_int_reg;
    end else if ((1'b1 == ap_ce_reg)) begin
        ap_return_20 = add_ln703_118_fu_5082_p2;
    end
end

always @ (*) begin
    if ((1'b0 == ap_ce_reg)) begin
        ap_return_21 = ap_return_21_int_reg;
    end else if ((1'b1 == ap_ce_reg)) begin
        ap_return_21 = add_ln703_119_fu_5091_p2;
    end
end

always @ (*) begin
    if ((1'b0 == ap_ce_reg)) begin
        ap_return_22 = ap_return_22_int_reg;
    end else if ((1'b1 == ap_ce_reg)) begin
        ap_return_22 = add_ln703_120_fu_5100_p2;
    end
end

always @ (*) begin
    if ((1'b0 == ap_ce_reg)) begin
        ap_return_23 = ap_return_23_int_reg;
    end else if ((1'b1 == ap_ce_reg)) begin
        ap_return_23 = add_ln703_121_fu_5109_p2;
    end
end

always @ (*) begin
    if ((1'b0 == ap_ce_reg)) begin
        ap_return_24 = ap_return_24_int_reg;
    end else if ((1'b1 == ap_ce_reg)) begin
        ap_return_24 = add_ln703_122_fu_5118_p2;
    end
end

always @ (*) begin
    if ((1'b0 == ap_ce_reg)) begin
        ap_return_25 = ap_return_25_int_reg;
    end else if ((1'b1 == ap_ce_reg)) begin
        ap_return_25 = add_ln703_123_fu_5127_p2;
    end
end

always @ (*) begin
    if ((1'b0 == ap_ce_reg)) begin
        ap_return_26 = ap_return_26_int_reg;
    end else if ((1'b1 == ap_ce_reg)) begin
        ap_return_26 = add_ln703_124_fu_5136_p2;
    end
end

always @ (*) begin
    if ((1'b0 == ap_ce_reg)) begin
        ap_return_27 = ap_return_27_int_reg;
    end else if ((1'b1 == ap_ce_reg)) begin
        ap_return_27 = add_ln703_125_fu_5145_p2;
    end
end

always @ (*) begin
    if ((1'b0 == ap_ce_reg)) begin
        ap_return_28 = ap_return_28_int_reg;
    end else if ((1'b1 == ap_ce_reg)) begin
        ap_return_28 = sext_ln703_3_fu_5160_p1;
    end
end

always @ (*) begin
    if ((1'b0 == ap_ce_reg)) begin
        ap_return_29 = ap_return_29_int_reg;
    end else if ((1'b1 == ap_ce_reg)) begin
        ap_return_29 = add_ln703_127_fu_5167_p2;
    end
end

always @ (*) begin
    if ((1'b0 == ap_ce_reg)) begin
        ap_return_3 = ap_return_3_int_reg;
    end else if ((1'b1 == ap_ce_reg)) begin
        ap_return_3 = add_ln703_101_fu_4953_p2;
    end
end

always @ (*) begin
    if ((1'b0 == ap_ce_reg)) begin
        ap_return_30 = ap_return_30_int_reg;
    end else if ((1'b1 == ap_ce_reg)) begin
        ap_return_30 = add_ln703_128_fu_5176_p2;
    end
end

always @ (*) begin
    if ((1'b0 == ap_ce_reg)) begin
        ap_return_31 = ap_return_31_int_reg;
    end else if ((1'b1 == ap_ce_reg)) begin
        ap_return_31 = add_ln703_129_fu_5182_p2;
    end
end

always @ (*) begin
    if ((1'b0 == ap_ce_reg)) begin
        ap_return_4 = ap_return_4_int_reg;
    end else if ((1'b1 == ap_ce_reg)) begin
        ap_return_4 = add_ln703_102_fu_4962_p2;
    end
end

always @ (*) begin
    if ((1'b0 == ap_ce_reg)) begin
        ap_return_5 = ap_return_5_int_reg;
    end else if ((1'b1 == ap_ce_reg)) begin
        ap_return_5 = add_ln703_103_fu_4971_p2;
    end
end

always @ (*) begin
    if ((1'b0 == ap_ce_reg)) begin
        ap_return_6 = ap_return_6_int_reg;
    end else if ((1'b1 == ap_ce_reg)) begin
        ap_return_6 = add_ln703_104_fu_4977_p2;
    end
end

always @ (*) begin
    if ((1'b0 == ap_ce_reg)) begin
        ap_return_7 = ap_return_7_int_reg;
    end else if ((1'b1 == ap_ce_reg)) begin
        ap_return_7 = add_ln703_105_fu_4985_p2;
    end
end

always @ (*) begin
    if ((1'b0 == ap_ce_reg)) begin
        ap_return_8 = ap_return_8_int_reg;
    end else if ((1'b1 == ap_ce_reg)) begin
        ap_return_8 = add_ln703_106_fu_4994_p2;
    end
end

always @ (*) begin
    if ((1'b0 == ap_ce_reg)) begin
        ap_return_9 = ap_return_9_int_reg;
    end else if ((1'b1 == ap_ce_reg)) begin
        ap_return_9 = add_ln703_107_fu_5000_p2;
    end
end

always @ (*) begin
    if (((1'b0 == ap_block_pp0_stage0_11001) & (1'b1 == ap_ce_reg))) begin
        grp_fu_428_ce = 1'b1;
    end else begin
        grp_fu_428_ce = 1'b0;
    end
end

always @ (*) begin
    if (((1'b0 == ap_block_pp0_stage0_11001) & (1'b1 == ap_ce_reg))) begin
        grp_fu_430_ce = 1'b1;
    end else begin
        grp_fu_430_ce = 1'b0;
    end
end

always @ (*) begin
    if (((1'b0 == ap_block_pp0_stage0_11001) & (1'b1 == ap_ce_reg))) begin
        grp_fu_431_ce = 1'b1;
    end else begin
        grp_fu_431_ce = 1'b0;
    end
end

always @ (*) begin
    if (((1'b0 == ap_block_pp0_stage0_11001) & (1'b1 == ap_ce_reg))) begin
        grp_fu_432_ce = 1'b1;
    end else begin
        grp_fu_432_ce = 1'b0;
    end
end

always @ (*) begin
    if (((1'b0 == ap_block_pp0_stage0_11001) & (1'b1 == ap_ce_reg))) begin
        grp_fu_433_ce = 1'b1;
    end else begin
        grp_fu_433_ce = 1'b0;
    end
end

always @ (*) begin
    if (((1'b0 == ap_block_pp0_stage0_11001) & (1'b1 == ap_ce_reg))) begin
        grp_fu_435_ce = 1'b1;
    end else begin
        grp_fu_435_ce = 1'b0;
    end
end

always @ (*) begin
    if (((1'b0 == ap_block_pp0_stage0_11001) & (1'b1 == ap_ce_reg))) begin
        grp_fu_436_ce = 1'b1;
    end else begin
        grp_fu_436_ce = 1'b0;
    end
end

always @ (*) begin
    if (((1'b0 == ap_block_pp0_stage0_11001) & (1'b1 == ap_ce_reg))) begin
        grp_fu_437_ce = 1'b1;
    end else begin
        grp_fu_437_ce = 1'b0;
    end
end

always @ (*) begin
    if (((1'b0 == ap_block_pp0_stage0_11001) & (1'b1 == ap_ce_reg))) begin
        grp_fu_438_ce = 1'b1;
    end else begin
        grp_fu_438_ce = 1'b0;
    end
end

always @ (*) begin
    if (((1'b0 == ap_block_pp0_stage0_11001) & (1'b1 == ap_ce_reg))) begin
        grp_fu_439_ce = 1'b1;
    end else begin
        grp_fu_439_ce = 1'b0;
    end
end

always @ (*) begin
    if (((1'b0 == ap_block_pp0_stage0_11001) & (1'b1 == ap_ce_reg))) begin
        grp_fu_440_ce = 1'b1;
    end else begin
        grp_fu_440_ce = 1'b0;
    end
end

always @ (*) begin
    if (((1'b0 == ap_block_pp0_stage0_11001) & (1'b1 == ap_ce_reg))) begin
        grp_fu_441_ce = 1'b1;
    end else begin
        grp_fu_441_ce = 1'b0;
    end
end

always @ (*) begin
    if (((1'b0 == ap_block_pp0_stage0_11001) & (1'b1 == ap_ce_reg))) begin
        grp_fu_442_ce = 1'b1;
    end else begin
        grp_fu_442_ce = 1'b0;
    end
end

always @ (*) begin
    if (((1'b0 == ap_block_pp0_stage0_11001) & (1'b1 == ap_ce_reg))) begin
        grp_fu_443_ce = 1'b1;
    end else begin
        grp_fu_443_ce = 1'b0;
    end
end

always @ (*) begin
    if (((1'b0 == ap_block_pp0_stage0_11001) & (1'b1 == ap_ce_reg))) begin
        grp_fu_444_ce = 1'b1;
    end else begin
        grp_fu_444_ce = 1'b0;
    end
end

always @ (*) begin
    if (((1'b0 == ap_block_pp0_stage0_11001) & (1'b1 == ap_ce_reg))) begin
        grp_fu_445_ce = 1'b1;
    end else begin
        grp_fu_445_ce = 1'b0;
    end
end

always @ (*) begin
    if (((1'b0 == ap_block_pp0_stage0_11001) & (1'b1 == ap_ce_reg))) begin
        grp_fu_446_ce = 1'b1;
    end else begin
        grp_fu_446_ce = 1'b0;
    end
end

always @ (*) begin
    if (((1'b0 == ap_block_pp0_stage0_11001) & (1'b1 == ap_ce_reg))) begin
        grp_fu_447_ce = 1'b1;
    end else begin
        grp_fu_447_ce = 1'b0;
    end
end

always @ (*) begin
    if (((1'b0 == ap_block_pp0_stage0_11001) & (1'b1 == ap_ce_reg))) begin
        grp_fu_448_ce = 1'b1;
    end else begin
        grp_fu_448_ce = 1'b0;
    end
end

always @ (*) begin
    if (((1'b0 == ap_block_pp0_stage0_11001) & (1'b1 == ap_ce_reg))) begin
        grp_fu_449_ce = 1'b1;
    end else begin
        grp_fu_449_ce = 1'b0;
    end
end

always @ (*) begin
    if (((1'b0 == ap_block_pp0_stage0_11001) & (1'b1 == ap_ce_reg))) begin
        grp_fu_451_ce = 1'b1;
    end else begin
        grp_fu_451_ce = 1'b0;
    end
end

always @ (*) begin
    if (((1'b0 == ap_block_pp0_stage0_11001) & (1'b1 == ap_ce_reg))) begin
        grp_fu_452_ce = 1'b1;
    end else begin
        grp_fu_452_ce = 1'b0;
    end
end

always @ (*) begin
    if (((1'b0 == ap_block_pp0_stage0_11001) & (1'b1 == ap_ce_reg))) begin
        grp_fu_453_ce = 1'b1;
    end else begin
        grp_fu_453_ce = 1'b0;
    end
end

always @ (*) begin
    if (((1'b0 == ap_block_pp0_stage0_11001) & (1'b1 == ap_ce_reg))) begin
        grp_fu_454_ce = 1'b1;
    end else begin
        grp_fu_454_ce = 1'b0;
    end
end

always @ (*) begin
    if (((1'b0 == ap_block_pp0_stage0_11001) & (1'b1 == ap_ce_reg))) begin
        grp_fu_455_ce = 1'b1;
    end else begin
        grp_fu_455_ce = 1'b0;
    end
end

always @ (*) begin
    if (((1'b0 == ap_block_pp0_stage0_11001) & (1'b1 == ap_ce_reg))) begin
        grp_fu_456_ce = 1'b1;
    end else begin
        grp_fu_456_ce = 1'b0;
    end
end

always @ (*) begin
    if (((1'b0 == ap_block_pp0_stage0_11001) & (1'b1 == ap_ce_reg))) begin
        grp_fu_457_ce = 1'b1;
    end else begin
        grp_fu_457_ce = 1'b0;
    end
end

always @ (*) begin
    if (((1'b0 == ap_block_pp0_stage0_11001) & (1'b1 == ap_ce_reg))) begin
        grp_fu_458_ce = 1'b1;
    end else begin
        grp_fu_458_ce = 1'b0;
    end
end

always @ (*) begin
    if (((1'b0 == ap_block_pp0_stage0_11001) & (1'b1 == ap_ce_reg))) begin
        grp_fu_459_ce = 1'b1;
    end else begin
        grp_fu_459_ce = 1'b0;
    end
end

assign add_ln1118_1_fu_4562_p2 = ((sext_ln1118_29_fu_4558_p1) + (sext_ln1118_28_fu_4546_p1));

assign add_ln1118_2_fu_4602_p2 = ((sext_ln1118_31_fu_4598_p1) + (sext_ln1118_30_fu_4586_p1));

assign add_ln1118_fu_4502_p2 = ((sext_ln1118_23_fu_4498_p1) + (sext_ln1118_22_fu_4486_p1));

assign add_ln703_100_fu_4944_p2 = ((sext_ln708_2_fu_4941_p1) + (16'd176));

assign add_ln703_101_fu_4953_p2 = ((sext_ln708_3_fu_4950_p1) + (16'd64535));

assign add_ln703_102_fu_4962_p2 = ((sext_ln708_4_fu_4959_p1) + (16'd65060));

assign add_ln703_103_fu_4971_p2 = ((sext_ln708_5_fu_4968_p1) + (16'd65037));

assign add_ln703_104_fu_4977_p2 = (trunc_ln708_6_reg_5569 + 16'd1387);

assign add_ln703_105_fu_4985_p2 = ((sext_ln708_6_fu_4982_p1) + (16'd179));

assign add_ln703_106_fu_4994_p2 = ((sext_ln708_7_fu_4991_p1) + (16'd65351));

assign add_ln703_107_fu_5000_p2 = ((trunc_ln708_9_reg_5584) + (16'd64930));

assign add_ln703_108_fu_5008_p2 = ((sext_ln708_8_fu_5005_p1) + (16'd725));

assign add_ln703_109_fu_5014_p2 = ((trunc_ln708_11_reg_5594) + (16'd65311));

assign add_ln703_110_fu_5022_p2 = ((sext_ln708_9_fu_5019_p1) + (16'd419));

assign add_ln703_111_fu_5031_p2 = ((sext_ln708_10_fu_5028_p1) + (16'd64983));

assign add_ln703_112_fu_5040_p2 = ((sext_ln708_11_fu_5037_p1) + (16'd25));

assign add_ln703_113_fu_5049_p2 = ((sext_ln708_12_fu_5046_p1) + (16'd346));

assign add_ln703_114_fu_5055_p2 = (trunc_ln708_16_reg_5619 + 16'd474);

assign add_ln703_115_fu_5060_p2 = ((trunc_ln708_17_reg_5624) + (16'd64364));

assign add_ln703_116_fu_5068_p2 = ((sext_ln708_13_fu_5065_p1) + (16'd65227));

assign add_ln703_117_fu_5074_p2 = (trunc_ln708_19_reg_5634 + 16'd881);

assign add_ln703_118_fu_5082_p2 = ((sext_ln708_14_fu_5079_p1) + (16'd511));

assign add_ln703_119_fu_5091_p2 = ((sext_ln708_15_fu_5088_p1) + (16'd64887));

assign add_ln703_120_fu_5100_p2 = ((sext_ln708_16_fu_5097_p1) + (16'd65275));

assign add_ln703_121_fu_5109_p2 = ((sext_ln708_17_fu_5106_p1) + (16'd664));

assign add_ln703_122_fu_5118_p2 = ((sext_ln708_18_fu_5115_p1) + (16'd513));

assign add_ln703_123_fu_5127_p2 = ((sext_ln708_19_fu_5124_p1) + (16'd833));

assign add_ln703_124_fu_5136_p2 = ((sext_ln708_20_fu_5133_p1) + (16'd332));

assign add_ln703_125_fu_5145_p2 = ((sext_ln708_21_fu_5142_p1) + (16'd65271));

assign add_ln703_126_fu_5154_p2 = ((sext_ln703_fu_5151_p1) + (15'd32312));

assign add_ln703_127_fu_5167_p2 = ((sext_ln708_22_fu_5164_p1) + (16'd423));

assign add_ln703_128_fu_5176_p2 = ((sext_ln708_23_fu_5173_p1) + (16'd399));

assign add_ln703_129_fu_5182_p2 = ((trunc_ln708_31_reg_5679) + (16'd65410));

assign add_ln703_99_fu_4935_p2 = ((sext_ln708_1_fu_4932_p1) + (16'd64428));

assign add_ln703_fu_4926_p2 = ((sext_ln708_fu_4923_p1) + (16'd316));

assign ap_block_pp0_stage0 = ~(1'b1 == 1'b1);

assign ap_block_pp0_stage0_11001 = ~(1'b1 == 1'b1);

assign ap_block_state1_pp0_stage0_iter0 = ~(1'b1 == 1'b1);

assign ap_block_state2_pp0_stage0_iter1 = ~(1'b1 == 1'b1);

assign ap_block_state3_pp0_stage0_iter2 = ~(1'b1 == 1'b1);

assign grp_fu_428_p1 = 25'd183;

assign grp_fu_430_p1 = 25'd161;

assign grp_fu_431_p1 = 25'd206;

assign grp_fu_432_p1 = 25'd215;

assign grp_fu_433_p1 = 25'd189;

assign grp_fu_435_p1 = 25'd199;

assign grp_fu_436_p1 = 25'd185;

assign grp_fu_437_p1 = 26'd356;

assign grp_fu_438_p1 = 26'd338;

assign grp_fu_439_p1 = 26'd308;

assign grp_fu_440_p1 = 26'd394;

assign grp_fu_441_p1 = 25'd239;

assign grp_fu_442_p1 = 25'd222;

assign grp_fu_443_p1 = 25'd142;

assign grp_fu_444_p1 = 25'd239;

assign grp_fu_445_p1 = 26'd310;

assign grp_fu_446_p1 = 25'd231;

assign grp_fu_447_p1 = 25'd134;

assign grp_fu_448_p1 = 25'd225;

assign grp_fu_449_p1 = 25'd209;

assign grp_fu_451_p1 = 25'd140;

assign grp_fu_452_p1 = 25'd228;

assign grp_fu_453_p1 = 26'd380;

assign grp_fu_454_p1 = 25'd145;

assign grp_fu_455_p1 = 26'd393;

assign grp_fu_456_p1 = 25'd241;

assign grp_fu_457_p1 = 25'd169;

assign grp_fu_458_p1 = 25'd241;

assign grp_fu_459_p1 = 25'd233;

assign sext_ln1118_22_fu_4486_p0 = data_22_V_read_int_reg;

assign sext_ln1118_22_fu_4486_p1 = sext_ln1118_22_fu_4486_p0;

assign sext_ln1118_23_fu_4498_p1 = (shl_ln_fu_4490_p3);

assign sext_ln1118_28_fu_4546_p1 = (shl_ln1118_1_fu_4538_p3);

assign sext_ln1118_29_fu_4558_p1 = (shl_ln1118_2_fu_4550_p3);

assign sext_ln1118_30_fu_4586_p1 = (shl_ln1118_3_fu_4578_p3);

assign sext_ln1118_31_fu_4598_p1 = (shl_ln1118_4_fu_4590_p3);

assign sext_ln703_3_fu_5160_p1 = (add_ln703_126_fu_5154_p2);

assign sext_ln703_fu_5151_p1 = (tmp_386_reg_5519_pp0_iter1_reg);

assign sext_ln708_10_fu_5028_p1 = (trunc_ln708_13_reg_5604);

assign sext_ln708_11_fu_5037_p1 = (trunc_ln708_14_reg_5609);

assign sext_ln708_12_fu_5046_p1 = (trunc_ln708_15_reg_5614);

assign sext_ln708_13_fu_5065_p1 = (trunc_ln708_18_reg_5629);

assign sext_ln708_14_fu_5079_p1 = (trunc_ln708_20_reg_5639);

assign sext_ln708_15_fu_5088_p1 = (trunc_ln708_21_reg_5644);

assign sext_ln708_16_fu_5097_p1 = (trunc_ln708_22_reg_5489_pp0_iter1_reg);

assign sext_ln708_17_fu_5106_p1 = (trunc_ln708_23_reg_5649);

assign sext_ln708_18_fu_5115_p1 = (trunc_ln708_24_reg_5654);

assign sext_ln708_19_fu_5124_p1 = (trunc_ln708_25_reg_5659);

assign sext_ln708_1_fu_4932_p1 = (trunc_ln708_1_reg_5544);

assign sext_ln708_20_fu_5133_p1 = (trunc_ln708_26_reg_5664);

assign sext_ln708_21_fu_5142_p1 = (trunc_ln708_27_reg_5514_pp0_iter1_reg);

assign sext_ln708_22_fu_5164_p1 = (trunc_ln708_29_reg_5669);

assign sext_ln708_23_fu_5173_p1 = (trunc_ln708_30_reg_5674);

assign sext_ln708_2_fu_4941_p1 = (trunc_ln708_2_reg_5549);

assign sext_ln708_3_fu_4950_p1 = (trunc_ln708_3_reg_5554);

assign sext_ln708_4_fu_4959_p1 = (trunc_ln708_4_reg_5559);

assign sext_ln708_5_fu_4968_p1 = (trunc_ln708_5_reg_5564);

assign sext_ln708_6_fu_4982_p1 = (trunc_ln708_7_reg_5574);

assign sext_ln708_7_fu_4991_p1 = (trunc_ln708_8_reg_5579);

assign sext_ln708_8_fu_5005_p1 = (trunc_ln708_10_reg_5589);

assign sext_ln708_9_fu_5019_p1 = (trunc_ln708_12_reg_5599);

assign sext_ln708_fu_4923_p1 = (trunc_ln_reg_5539);

assign shl_ln1118_1_fu_4538_p3 = {{data_27_V_read_int_reg}, {8'd0}};

assign shl_ln1118_2_fu_4550_p3 = {{data_27_V_read_int_reg}, {6'd0}};

assign shl_ln1118_3_fu_4578_p3 = {{data_28_V_read_int_reg}, {7'd0}};

assign shl_ln1118_4_fu_4590_p3 = {{data_28_V_read_int_reg}, {5'd0}};

assign shl_ln_fu_4490_p1 = data_22_V_read_int_reg;

assign shl_ln_fu_4490_p3 = {{shl_ln_fu_4490_p1}, {8'd0}};

endmodule //normalize_0_0_0_0_0_0_0_0_0_0_0_0_0_0_0_0_0_0_0_0_0_0_0_0_0_s
module myproject_mul_16s_10ns_26_2_0(
    clk,
    reset,
    ce,
    din0,
    din1,
    dout);

parameter ID = 32'd1;
parameter NUM_STAGE = 32'd1;
parameter din0_WIDTH = 32'd1;
parameter din1_WIDTH = 32'd1;
parameter dout_WIDTH = 32'd1;
input clk;
input reset;
input ce;
input[din0_WIDTH - 1:0] din0;
input[din1_WIDTH - 1:0] din1;
output[dout_WIDTH - 1:0] dout;



myproject_mul_16s_10ns_26_2_0_MulnS_4 myproject_mul_16s_10ns_26_2_0_MulnS_4_U(
    .clk( clk ),
    .ce( ce ),
    .a( din0 ),
    .b( din1 ),
    .p( dout ));

endmodule
module myproject_mul_16s_10ns_26_2_0_MulnS_4(clk, ce, a, b, p);
input clk;
input ce;
input  [16 - 1 : 0] a;
input [10 - 1 : 0] b;
output[26 - 1 : 0] p;
reg  [26 - 1 : 0] p;
wire  [26 - 1 : 0] tmp_product;

assign tmp_product = (a) * ({1'b0, b});
always @ (posedge clk) begin
    if (ce) begin
        p <= tmp_product;
    end
end
endmodule

module myproject_mul_16s_9ns_25_2_0(
    clk,
    reset,
    ce,
    din0,
    din1,
    dout);

parameter ID = 32'd1;
parameter NUM_STAGE = 32'd1;
parameter din0_WIDTH = 32'd1;
parameter din1_WIDTH = 32'd1;
parameter dout_WIDTH = 32'd1;
input clk;
input reset;
input ce;
input[din0_WIDTH - 1:0] din0;
input[din1_WIDTH - 1:0] din1;
output[dout_WIDTH - 1:0] dout;



myproject_mul_16s_9ns_25_2_0_MulnS_3 myproject_mul_16s_9ns_25_2_0_MulnS_3_U(
    .clk( clk ),
    .ce( ce ),
    .a( din0 ),
    .b( din1 ),
    .p( dout ));

endmodule
module myproject_mul_16s_9ns_25_2_0_MulnS_3(clk, ce, a, b, p);
input clk;
input ce;
input  [16 - 1 : 0] a;
input [9 - 1 : 0] b;
output[25 - 1 : 0] p;
reg  [25 - 1 : 0] p;
wire  [25 - 1 : 0] tmp_product;

assign tmp_product = (a) * ({1'b0, b});
always @ (posedge clk) begin
    if (ce) begin
        p <= tmp_product;
    end
end
endmodule